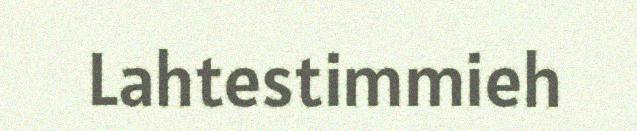
Lahtestimmieh